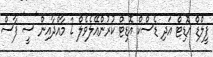
ފީލްޑް އޮޑިޓް އަދި ޑެސްކް އޮޑިޓް ކުރުންއޭލެވެލް 2 މާއްދާއިން 'ސީ' ފާސް